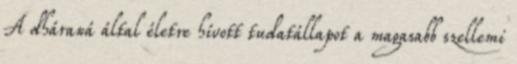
A dháraná által életre hívott tudatállapot a magasabb szellemi